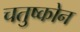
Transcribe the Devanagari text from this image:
चतुष्कोन